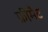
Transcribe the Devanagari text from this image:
फ्रीमैट